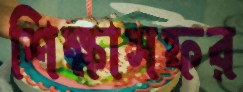
শিক্ষাসফর